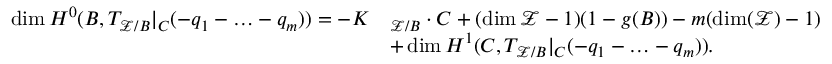
\begin{array} { r l } { \dim H ^ { 0 } ( B , T _ { \mathcal { Z } / B } | _ { C } ( - q _ { 1 } - \ldots - q _ { m } ) ) = - K } & { _ { \mathcal { Z } / B } \cdot C + ( \dim \mathcal { Z } - 1 ) ( 1 - g ( B ) ) - m ( \dim ( \mathcal { Z } ) - 1 ) } \\ & { + \dim H ^ { 1 } ( C , T _ { \mathcal { Z } / B } | _ { C } ( - q _ { 1 } - \ldots - q _ { m } ) ) . } \end{array}